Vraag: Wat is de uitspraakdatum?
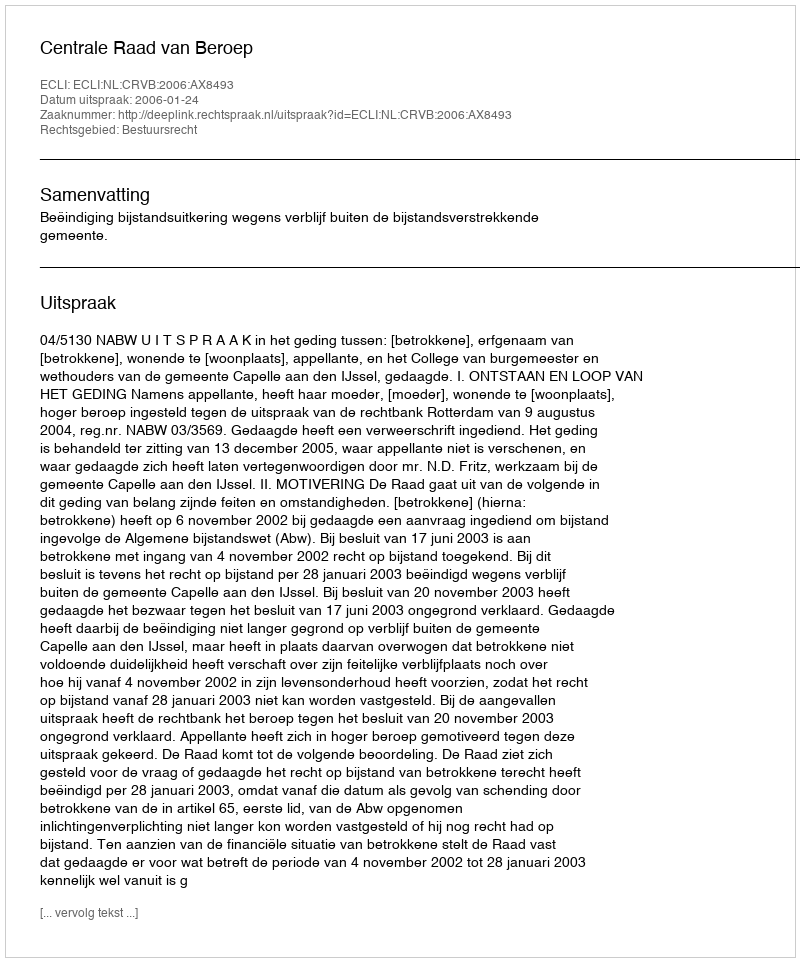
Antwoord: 2006-01-24